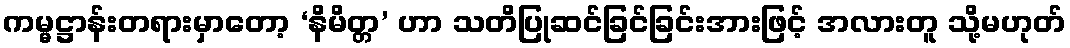
ကမ္မဋ္ဌာန်းတရားမှာတော့ ‘နိမိတ္တ’ ဟာ သတိပြုဆင်ခြင်ခြင်းအားဖြင့် အလားတူ သို့မဟုတ်